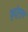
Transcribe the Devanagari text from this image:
कुदुरेमुख